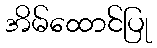
အိမ်ထောင်ပြု